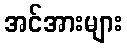
အင်အားများ